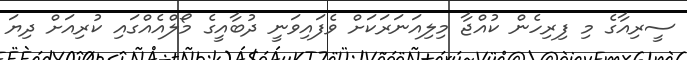
ސީރިއާގެ މި ފިރިހެން ކުއްޖާ މިލިއަނަރަކަށް ވެފައިވަނީ ދުބާއީގެ މޯލްއެއްގައި ކުރިއަށް ދިޔަ